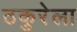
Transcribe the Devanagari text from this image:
ठकुरेला